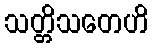
သတ္တိသတေဟိ